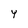
Character: Y